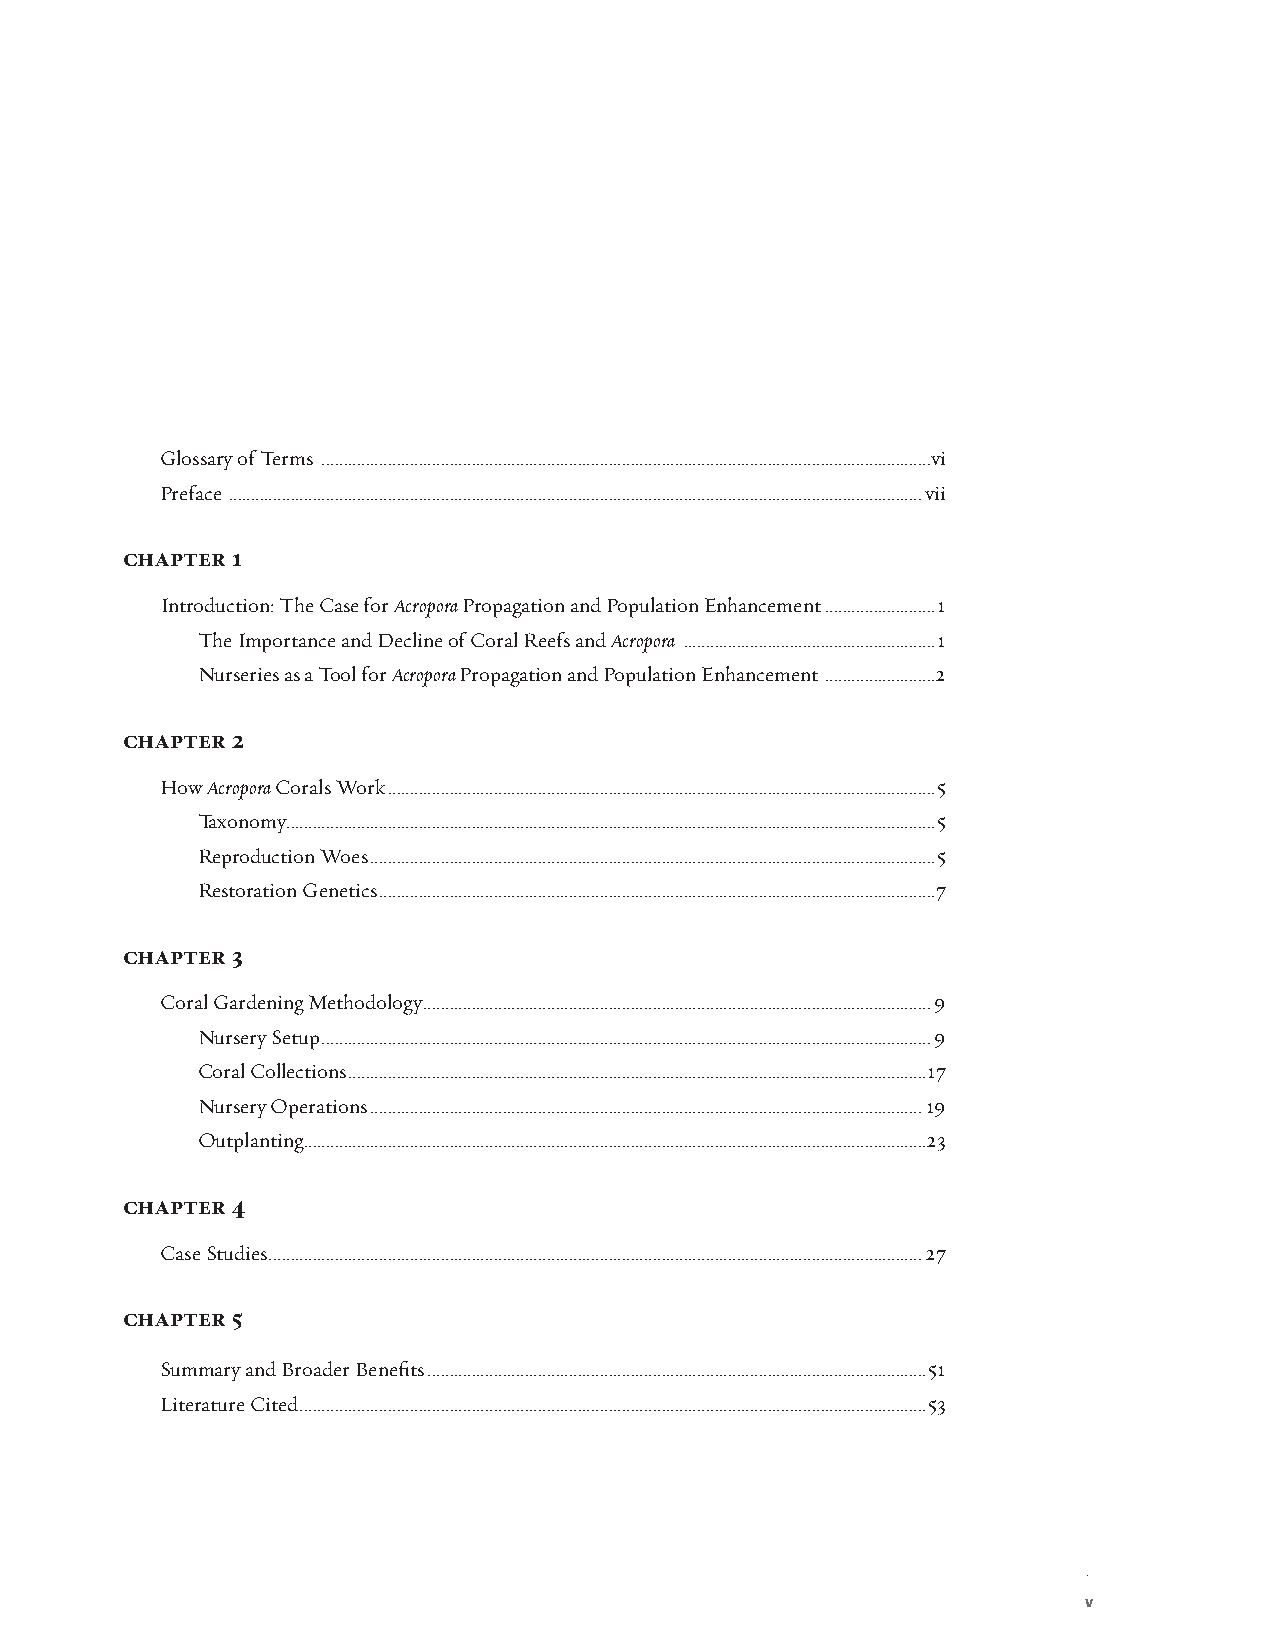
Co>tents
 Glossary of Terms ..........................................................................................................................................vi
 Preface .............................................................................................................................................................vii
 chapter 1
 Introduction: The Case for Acropora Propagation and Population Enhancement .........................1
 The Importance and Decline of Coral Reefs and Acropora .........................................................1
 Nurseries as a Tool for Acropora Propagation and Population Enhancement .........................2
 chapter 2
 How Acropora Corals Work ............................................................................................................................5
 Taxonomy ...................................................................................................................................................5
 Reproduction Woes ................................................................................................................................5
 Restoration Genetics ..............................................................................................................................7
 chapter 3
 Coral Gardening Methodology ...................................................................................................................9
 Nursery Setup ..........................................................................................................................................9
 Coral Collections ...................................................................................................................................17
 Nursery Operations .............................................................................................................................19
 Outplanting .............................................................................................................................................23
 chapter 4
 Case Studies ....................................................................................................................................................27
 chapter 5
 Summary and Broader Benefits .................................................................................................................51
 Literature Cited ..............................................................................................................................................53
 v